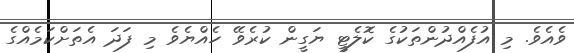
ވެއެވެ. މި އުފެއްދުންތަކުގެ ކޮލެޓީ ޔަގީން ކުރެވޭ ހެއްޔެވެ މި ފަދަ އެތަށްކަމެއްގެ